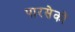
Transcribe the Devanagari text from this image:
पारसेकों